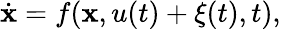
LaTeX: {\dot{\mathbf{x}}}=f(\mathbf{x},u(t)+\xi(t),t),